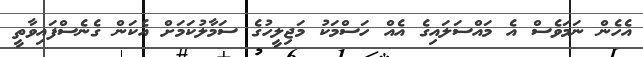
އެހެން ނަމަވެސް އެ މައްސަލަައިގެ އެއް ހަސްމަކު މަޖިލީހުގެ ސަމާލުކަމަށް އެކަން ގެނެސްފައިވާތީ